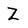
Character: Z